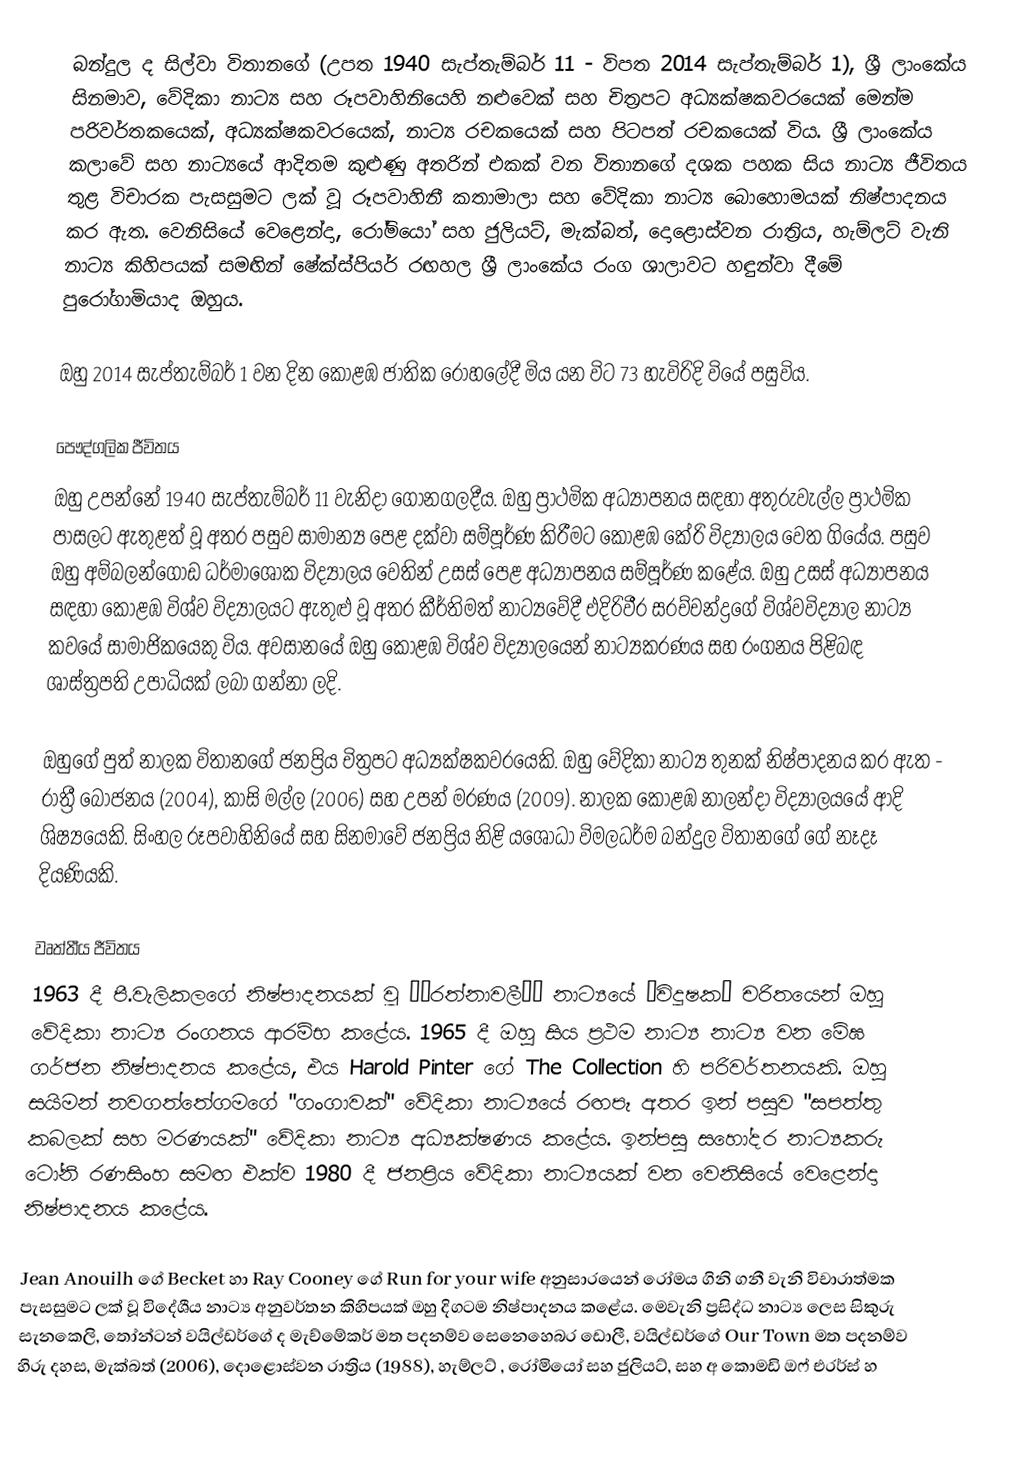
බන්දුල ද සිල්වා විතානගේ (උපත 1940 සැප්තැම්බර් 11 - විපත 2014 සැප්තැම්බර් 1), ශ්‍රී ලාංකේය සිනමාව, වේදිකා නාට්‍ය සහ රූපවාහිනියෙහි නළුවෙක් සහ චිත්‍රපට අධ්‍යක්ෂකවරයෙක් මෙන්ම පරිවර්තකයෙක්, අධ්‍යක්ෂකවරයෙක්, නාට්‍ය රචකයෙක් සහ පිටපත් රචකයෙක් විය. ශ්‍රී ලාංකේය කලාවේ සහ නාට්‍යයේ ආදිතම කුළුණු අතරින් එකක් වන විතානගේ දශක පහක සිය නාට්‍ය ජීවිතය තුළ විචාරක පැසසුමට ලක් වූ රූපවාහිනී කතාමාලා සහ වේදිකා නාට්‍ය බොහොමයක් නිෂ්පාදනය කර ඇත. වෙනිසියේ වෙළෙන්දා, රෝමියෝ සහ ජුලියට්, මැක්බත්, දොළොස්වන රාත්‍රිය, හැම්ලට් වැනි නාට්‍ය කිහිපයක් සමඟින් ෂේක්ස්පියර් රඟහල ශ්‍රී ලාංකේය රංග ශාලාවට හඳුන්වා දීමේ පුරෝගාමියාද ඔහුය.

ඔහු 2014 සැප්තැම්බර් 1 වන දින කොළඹ ජාතික රෝහලේදී මිය යන විට 73 හැවිරිදි වියේ පසුවිය.

පෞද්ගලික ජීවිතය
ඔහු උපන්නේ 1940 සැප්තැම්බර් 11 වැනිදා ගෝනගලදීය. ඔහු ප්‍රාථමික අධ්‍යාපනය සඳහා අතුරුවැල්ල ප්‍රාථමික පාසලට ඇතුළත් වූ අතර පසුව සාමාන්‍ය පෙළ දක්වා සම්පූර්ණ කිරීමට කොළඹ කේරි විද්‍යාලය වෙත ගියේය. පසුව ඔහු අම්බලන්ගොඩ ධර්මාශෝක විද්‍යාලය වෙතින් උසස් පෙළ අධ්‍යාපනය සම්පූර්ණ කළේය. ඔහු උසස් අධ්‍යාපනය සඳහා කොළඹ විශ්ව විද්‍යාලයට ඇතුළු වූ අතර කීර්තිමත් නාට්‍යවේදී එදිරිවීර සරච්චන්ද්‍රගේ විශ්වවිද්‍යාල නාට්‍ය කවයේ සාමාජිකයෙකු විය. අවසානයේ ඔහු කොළඹ විශ්ව විද්‍යාලයෙන් නාට්‍යකරණය සහ රංගනය පිළිබඳ ශාස්ත්‍රපති උපාධියක් ලබා ගන්නා ලදි.

ඔහුගේ පුත් නාලක විතානගේ ජනප්‍රිය චිත්‍රපට අධ්‍යක්ෂකවරයෙකි. ඔහු වේදිකා නාට්‍ය තුනක් නිෂ්පාදනය කර ඇත - රාත්‍රී බෝජනය (2004), කාසි මල්ල (2006) සහ උපන් මරණය (2009). නාලක කොළඹ නාලන්දා විද්‍යාලයයේ ආදි ශිෂ්‍යයෙකි. සිංහල රූපවාහිනියේ සහ සිනමාවේ ජනප්‍රිය නිළි යශෝධා විමලධර්ම බන්දුල විතානගේ ගේ නෑදෑ දියණියකි.

වෘත්තීය ජීවිතය
1963 දී පී.වැලිකලගේ නිෂ්පාදනයක් වූ ‘‘රත්නාවලී’’ නාට්‍යයේ ‘විදූෂක’ චරිතයෙන් ඔහු වේදිකා නාට්‍ය රංගනය ආරම්භ කළේය. 1965 දී ඔහු සිය ප්‍රථම නාට්‍ය නාට්‍ය වන මේඝ ගර්ජන නිෂ්පාදනය කළේය, එය Harold Pinter ගේ The Collection හි පරිවර්තනයකි. ඔහු සයිමන් නවගත්තේගමගේ "ගංගාවක්" වේදිකා නාට්‍යයේ රඟපෑ අතර ඉන් පසුව "සපත්තු කබලක් සහ මරණයක්" වේදිකා නාට්‍ය අධ්‍යක්ෂණය කළේය. ඉන්පසු සහෝදර නාට්‍යකරු ටෝනි රණසිංහ සමඟ එක්ව 1980 දී ජනප්‍රිය වේදිකා නාට්‍යයක් වන වෙනිසියේ වෙළෙන්දා නිෂ්පාදනය කළේය.

Jean Anouilh ගේ Becket හා Ray Cooney ගේ Run for your wife අනුසාරයෙන් රෝමය ගිනි ගනී වැනි විචාරාත්මක පැසසුමට ලක් වූ විදේශීය නාට්‍ය අනුවර්තන කිහිපයක් ඔහු දිගටම නිෂ්පාදනය කළේය. මෙවැනි ප්‍රසිද්ධ නාට්‍ය ලෙස සිකුරු සැනකෙලි, තෝන්ටන් වයිල්ඩර්ගේ ද මැච්මේකර් මත පදනම්ව සෙනෙහෙබර ඩොලී, වයිල්ඩර්ගේ Our Town මත පදනම්ව හිරු දහස, මැක්බත් (2006), දොළොස්වන රාත්‍රිය (1988), හැම්ලට් , රෝමියෝ සහ ජුලියට්, සහ අ කොමඩි ඔෆ් එරර්ස් හ